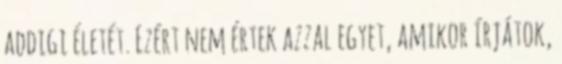
addigi életét. Ezért nem értek azzal egyet, amikor írjátok,